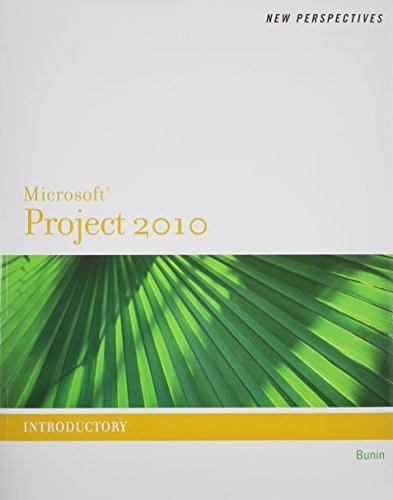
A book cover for Bundle: New Perspectives on Microsoft Project 2010: Introductory + Microsoft Project 2010 60 Day Trial CD-ROM for Shelly/Rosenblatt's Systems Analysis and Design; Rachel Biheller Bunin; Computers & Technology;